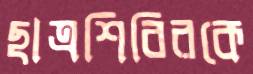
ছাত্রশিবিরকে